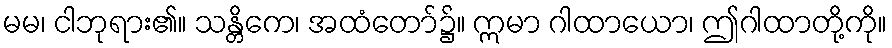
မမ၊ ငါဘုရား၏။ သန္တိကေ၊ အထံတော်၌။ ဣမာ ဂါထာယော၊ ဤဂါထာတို့ကို။